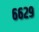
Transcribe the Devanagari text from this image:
६६२९